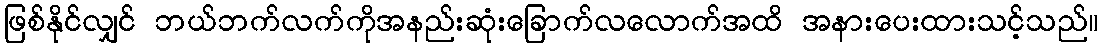
ဖြစ်နိုင်လျှင် ဘယ်ဘက်လက်ကိုအနည်းဆုံးခြောက်လလောက်အထိ အနားပေးထားသင့်သည်။